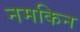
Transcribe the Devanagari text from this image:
नमकिन